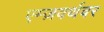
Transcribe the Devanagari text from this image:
एम्ज़वर्थवर